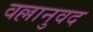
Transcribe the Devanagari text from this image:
वल्लानुवद